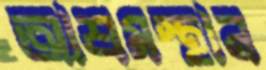
আশ্রমস্থান